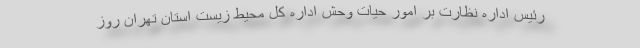
رئیس اداره نظارت بر امور حیات وحش اداره کل محیط زیست استان تهران روز